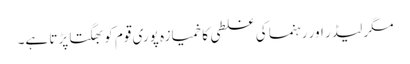
مگر لیڈر اور رہنما کی غلطی کا خمیازہ پوری قوم کو بھگتا پڑتا ہے۔